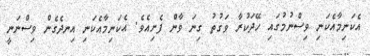
އެކަނިމާއެކަނި ވިސްނުމުގައި ހޭދަކުރާ ވަގުތު ގިނަ ވާން ފެށިއެވެ. އެކަނިމާއެކަނި އިނދެގެން ވިސްނަނީ